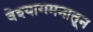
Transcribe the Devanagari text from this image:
वेश्यागमनातून